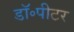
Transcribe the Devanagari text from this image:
डॉ॰पीटर